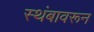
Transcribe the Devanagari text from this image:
स्थंबावरून